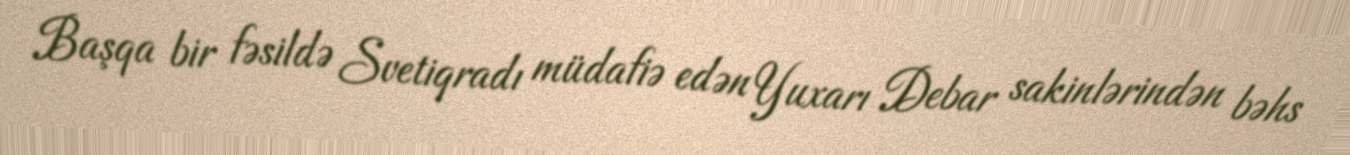
Başqa bir fəsildə Svetiqradı müdafiə edən Yuxarı Debar sakinlərindən bəhs